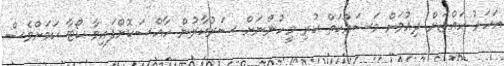
އަހަރު ހައްޖަށް ދިއުމަށް މަސައްކަތް ކުރި މީހުންނަށް ސަރުކާރުން ހާއްސަކޮށްފައިވާ ކޯޓާ ކަމަށްވެސް